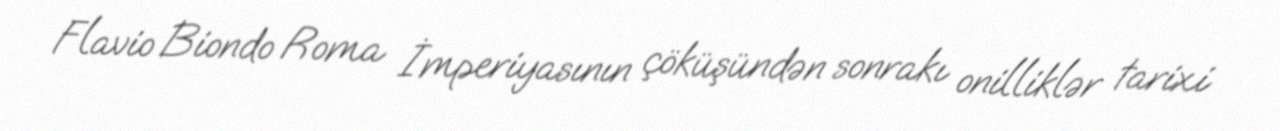
Flavio Biondo Roma İmperiyasının çöküşündən sonrakı onilliklər tarixi